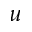
u